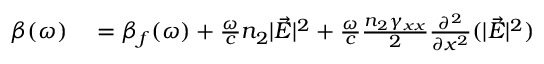
\begin{array} { r l } { \beta ( \omega ) } & { { } = \beta _ { f } ( \omega ) + \frac { \omega } { c } n _ { 2 } | \vec { E } | ^ { 2 } + \frac { \omega } { c } \frac { n _ { 2 } \gamma _ { x x } } { 2 } \frac { \partial ^ { 2 } } { \partial x ^ { 2 } } ( | \vec { E } | ^ { 2 } ) } \end{array}